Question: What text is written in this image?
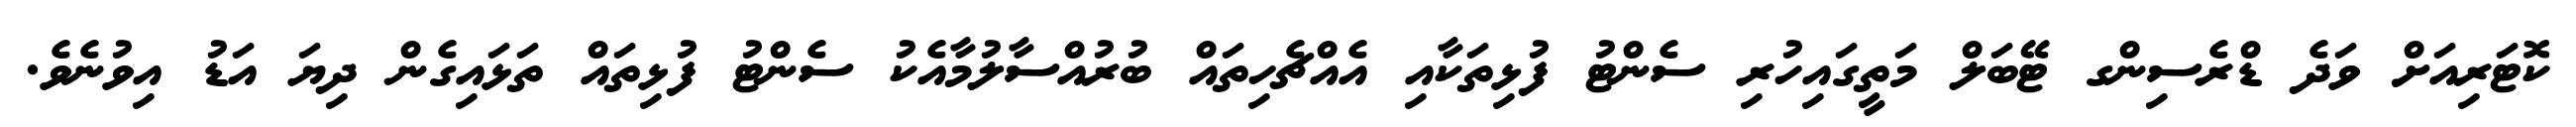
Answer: ކޮޓަރިއަށް ވަދެ ޑްރެސިންގ ޓޭބަލް މަތީގައިހުރި ސެންޓު ފުޅިތަކާއި އެއްޗެހިތައް ބުރުއްސާލުމާއެކު ސެންޓު ފުޅިތައް ތަޅައިގެން ދިޔަ އަޑު އިވުނެވެ.